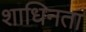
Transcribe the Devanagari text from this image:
शाधिनता